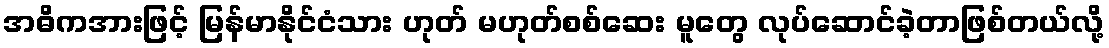
အဓိကအားဖြင့် မြန်မာနိုင်ငံသား ဟုတ် မဟုတ်စစ်ဆေး မူတွေ လုပ်ဆောင်ခဲ့တာဖြစ်တယ်လို့